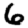
Digit: 6